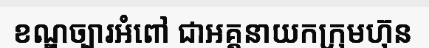
ខណ្ឌច្បារអំពៅ ជាអគ្គនាយកក្រុមហ៊ុន